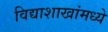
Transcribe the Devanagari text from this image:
विद्याशाखांमध्ये